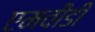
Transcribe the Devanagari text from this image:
एमवीडी